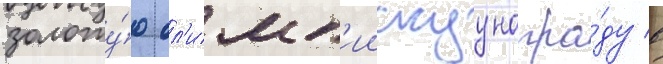
золоту́ю ол'имп'иискуу награ́ду в